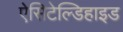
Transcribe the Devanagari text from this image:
ऐसिटेल्डिहाइड